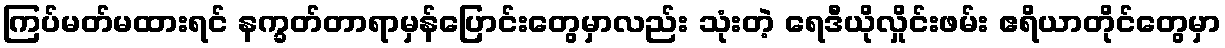
ကြပ်မတ်မထားရင် နက္ခတ်တာရာမှန်ပြောင်းတွေမှာလည်း သုံးတဲ့ ရေဒီယိုလှိုင်းဖမ်း ဧရိယာတိုင်တွေမှာ